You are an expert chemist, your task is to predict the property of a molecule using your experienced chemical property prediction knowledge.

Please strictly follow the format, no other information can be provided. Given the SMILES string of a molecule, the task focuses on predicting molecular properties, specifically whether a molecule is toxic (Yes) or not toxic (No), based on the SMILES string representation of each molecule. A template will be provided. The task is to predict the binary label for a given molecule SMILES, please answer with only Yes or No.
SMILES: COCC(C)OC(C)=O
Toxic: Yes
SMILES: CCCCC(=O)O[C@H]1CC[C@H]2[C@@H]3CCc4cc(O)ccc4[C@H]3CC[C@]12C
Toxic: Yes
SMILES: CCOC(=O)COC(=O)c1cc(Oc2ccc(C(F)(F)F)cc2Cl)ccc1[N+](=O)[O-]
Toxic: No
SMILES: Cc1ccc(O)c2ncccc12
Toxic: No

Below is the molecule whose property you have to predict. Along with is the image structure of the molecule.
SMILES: COC(=O)C(C)N(C(=O)c1ccco1)c1c(C)cccc1C
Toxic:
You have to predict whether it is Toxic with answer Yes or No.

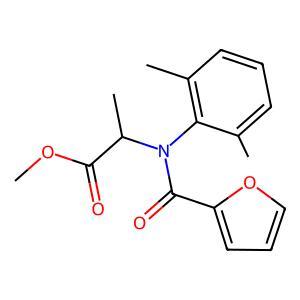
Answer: No